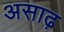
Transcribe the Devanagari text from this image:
असाढ़